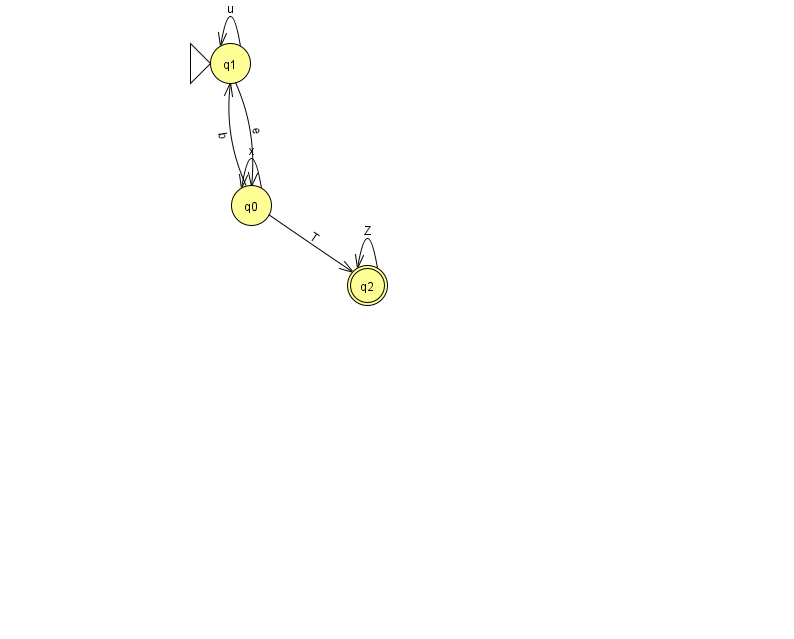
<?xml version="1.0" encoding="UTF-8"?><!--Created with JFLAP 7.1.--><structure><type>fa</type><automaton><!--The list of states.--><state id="0" name="q0"><x>251.0</x><y>192.0</y></state><state id="1" name="q1"><x>230.0</x><y>50.0</y><initial/></state><state id="2" name="q2"><x>367.0</x><y>272.0</y><final/></state><!--The list of transitions.--><transition><from>0</from><to>1</to><read>b</read></transition><transition><from>1</from><to>1</to><read>u</read></transition><transition><from>1</from><to>0</to><read>e</read></transition><transition><from>0</from><to>0</to><read>x</read></transition><transition><from>0</from><to>2</to><read>T</read></transition><transition><from>2</from><to>2</to><read>Z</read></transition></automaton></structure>